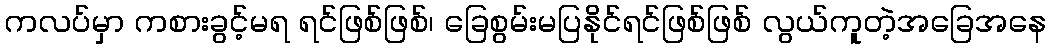
ကလပ်မှာ ကစားခွင့်မရ ရင်ဖြစ်ဖြစ်၊ ခြေစွမ်းမပြနိုင်ရင်ဖြစ်ဖြစ် လွယ်ကူတဲ့အခြေအနေ